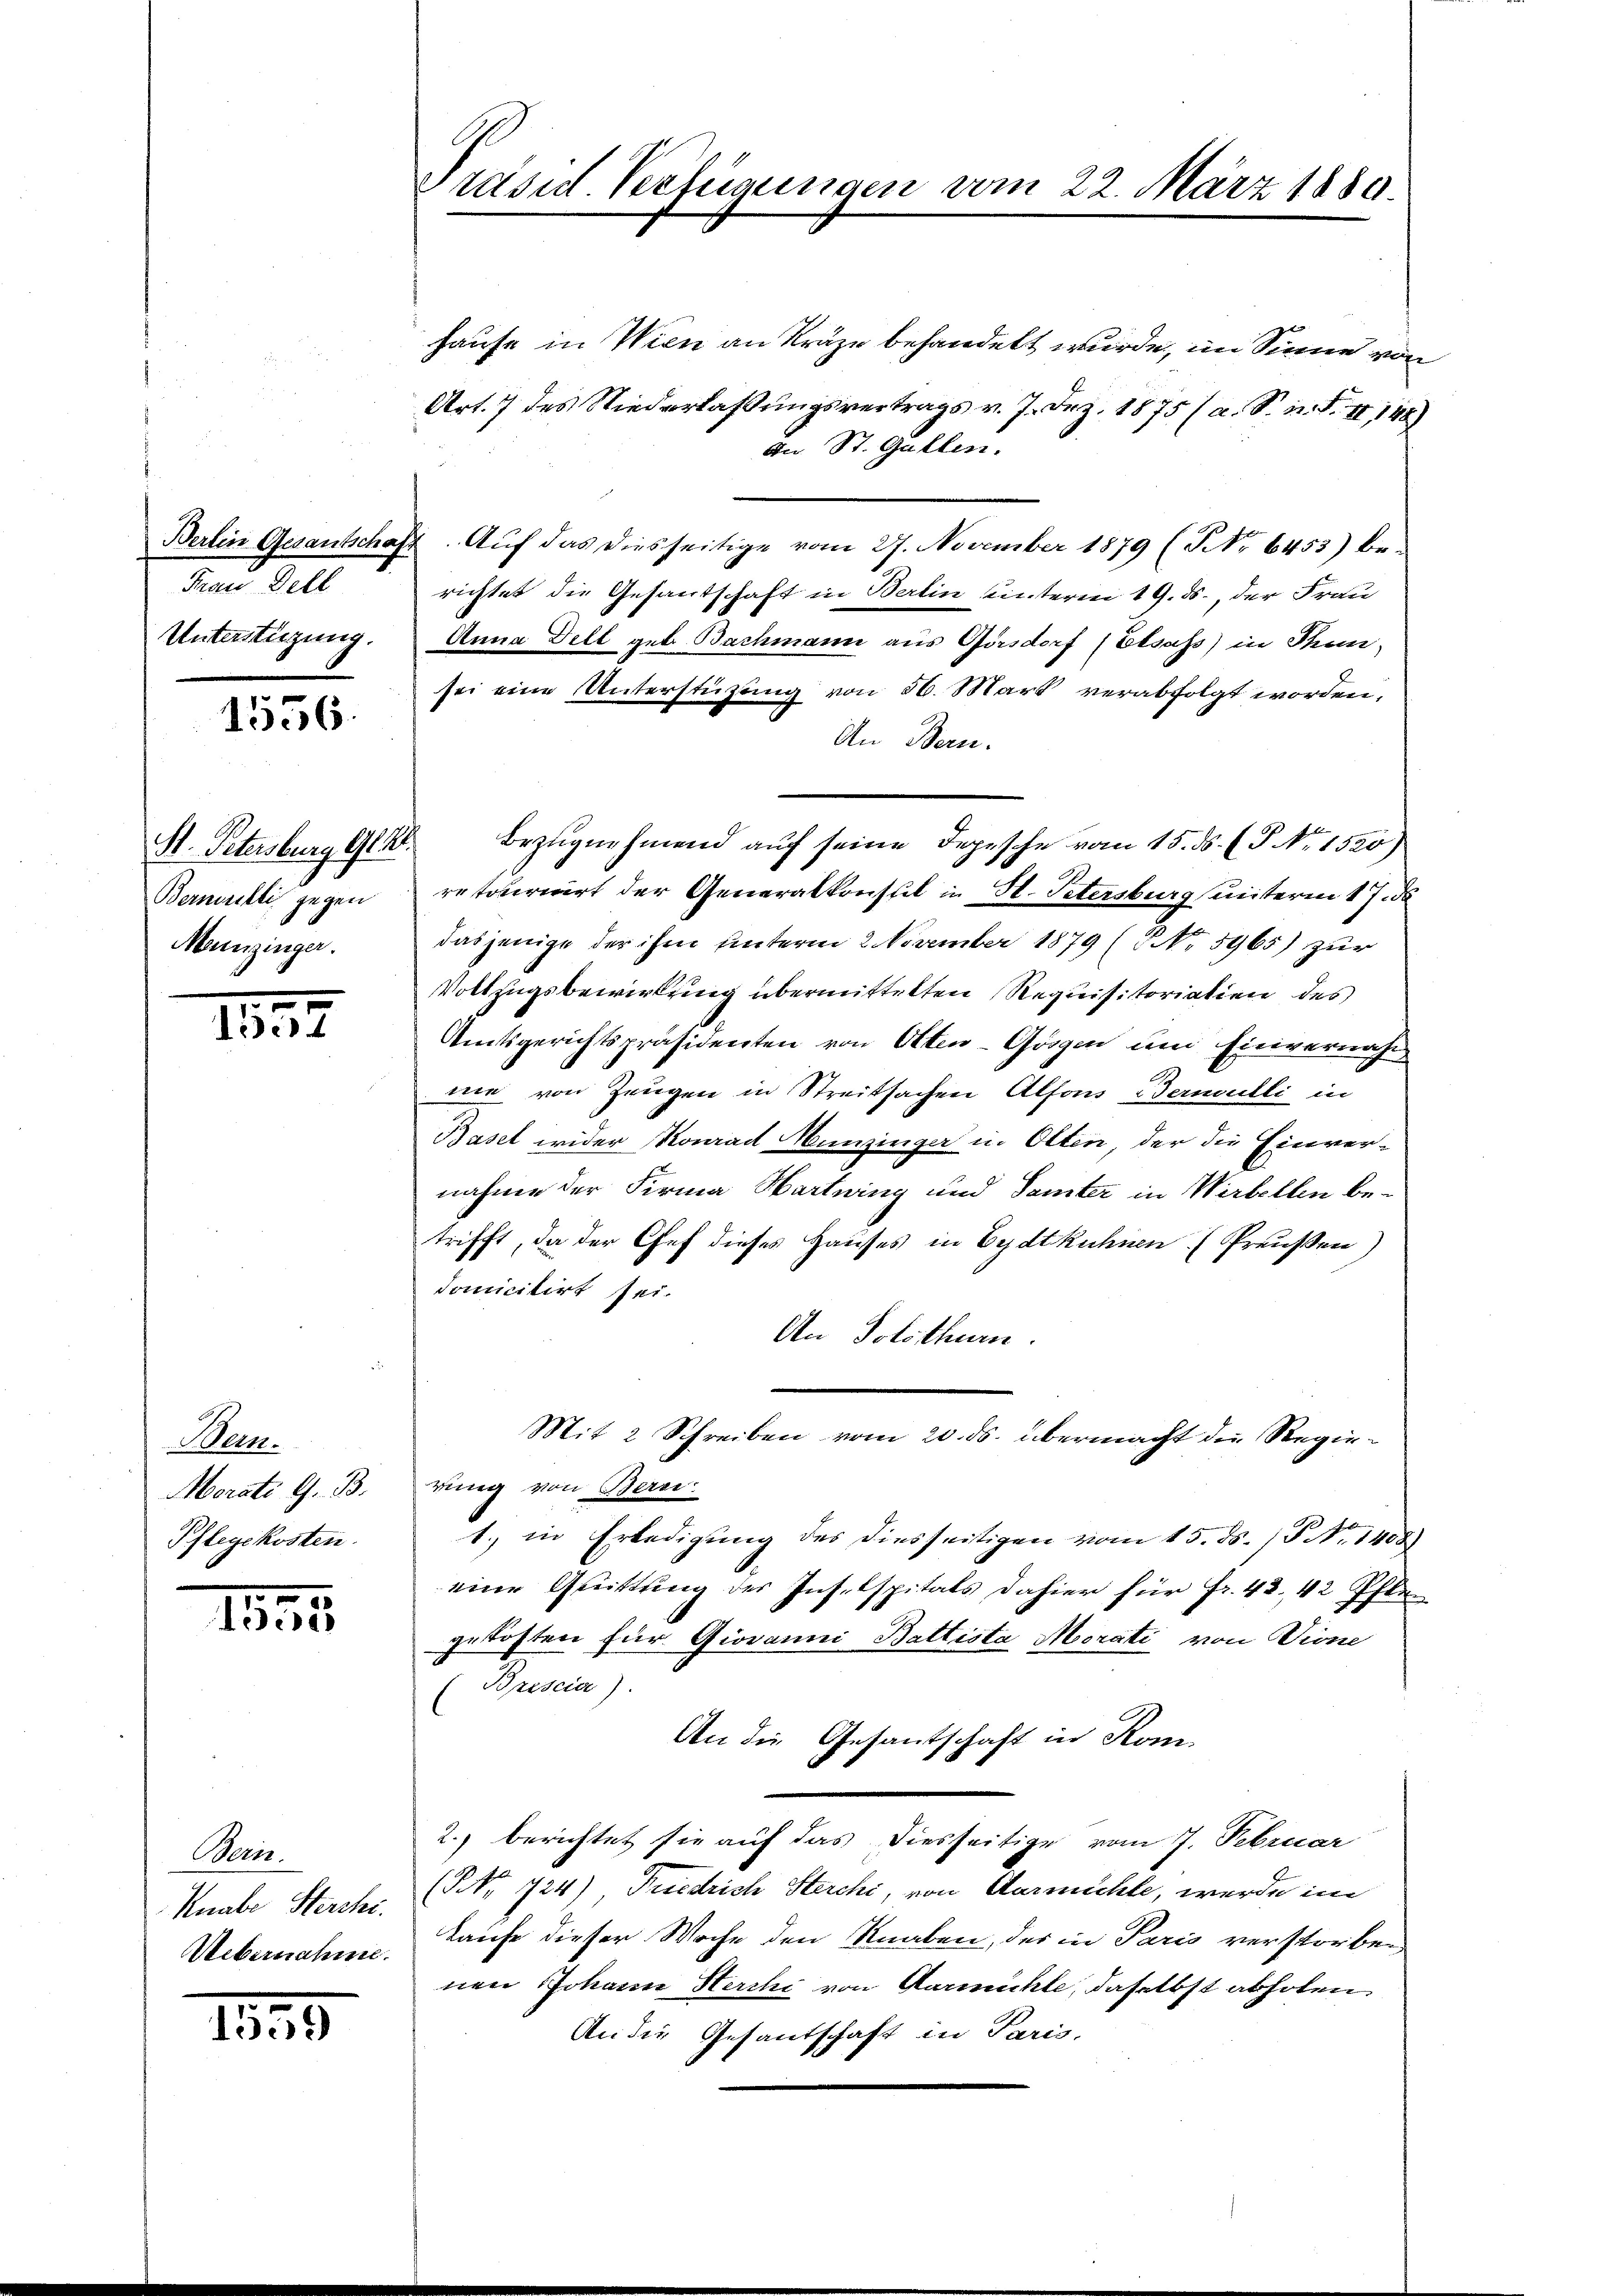
dund Selb
Unterstüzung.

1556

Bermitti gegen
Mainzinger.

1857

Bern.
Morati G. B.
Pflegekosten.

1821.

Mern.
Knabe Sterchi
Uebernahme.

115

Prasil Verfügungen vom 22. März 1880.

hause in Wien an Kräge behandelt wurde, im Sinne von
Art. 7 des Niederlaßungsvertrags v. 7. Frz. 1875 (a. S. n. F. II 148)
An St. Gallen.
Berlin Gesantschaft. Auf das diesseitige vom 27. November 1879 (NNo 6453) be-
richtet die Gesantschaft in Berlin unterm 19. ds., der Frau
Anna Dell geb. Bachmann aus Görsdorf (Elsass) in Thun-
sei eine Unterstützung von 36. Mart verabfolgt worden,
An Bern.
retournirt der Generalkonstil in H. Petersburg unterm 17. de
dasjenige der ihm unterm 2. November 1879 (N. 5965) zŭr
Vollzugsbewirkung übermittelten Requisitoriation des
Amtsgerichtspräsidenten von Otten-Gögen und Fievernahm
nie von Zeugen in Streitsachen Alfons Bermutli in
Basel wider Konrad Munzinger in Olten, der die Einvernahme der Firma Hartung und Sämter in Wirbellen betrifft, da der Chef dieses Hauses in Eydtkühnen (Preußen)
domicitirt sei.
An Solothurn.
Mit 2 Schreiben vom 20. ds. übermacht die Regierung von Berei
1. in Erledigung des diesseitigen vom 15. ds. /P No. 1408)
eine Quittung der Inselspitals dahier für Fr. 43. 42 Pflegekosten für Giovanni Battista Morati von Dione
(Brescia).
An die Gesantschaft in Kom-
2. berichtet sie auf das diesseitige vom 7. Februar
(NNo. 124), Friedrich Sterchi, von Aarmühle, werde im
kaufe dieser Woche den Knaben, der in Paris verstorben
nen Johann Sterchi von Aarmühle, daselbst abholen.
An die Gesantschaft in Paris,

St. Petersburg Gl. K. Bezugnehmend auf seine Depesche vom 15. ds. (T. No. 1520)